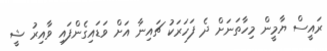
ރައީސް ޔާމީން މިހާތަނަށް ދެ ފަހަރަކު ޗައިނާ އަށް ވަަޑައިގެންފައި ވާއިރު ޝީ